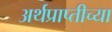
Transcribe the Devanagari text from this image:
अर्थप्राप्तीच्या